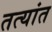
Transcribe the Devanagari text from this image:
तत्यांत